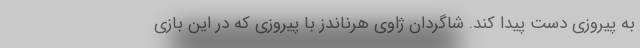
به پیروزی دست پیدا کند. شاگردان ژاوی هرناندز با پیروزی که در این بازی